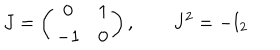
LaTeX: J = \left( \begin{array} { c c } { { 0 } } & { { 1 } } \\ { { - 1 } } & { { 0 } } \\ \end{array} \right) , \qquad J ^ { 2 } = - \mathrm { I } _ { 2 }